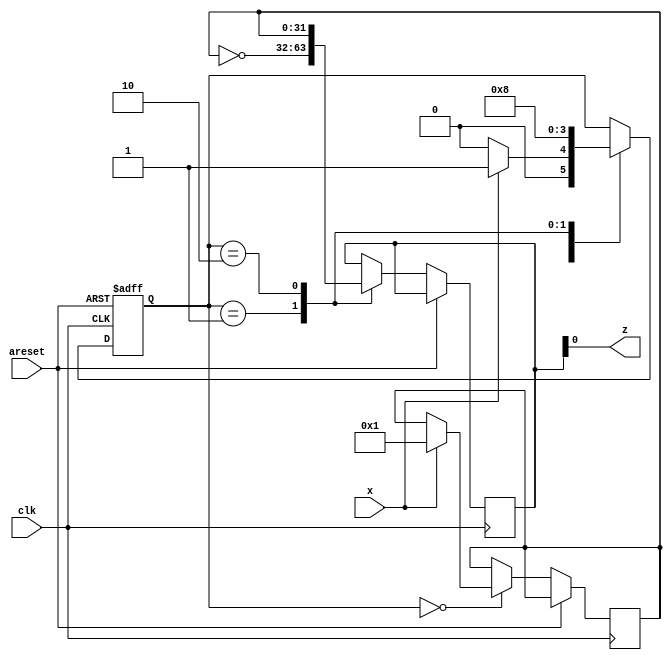
module top_module (
    input clk,
    input areset,
    input x,
    output z
); 

    reg [1:0] state;
    reg [31:0] din;
    reg [31:0] dout;

    always @(posedge clk or posedge areset) begin
        if (areset) begin
            state <= 0;
        end else begin
            case (state)
                0: begin
                    if (x == 1'b1) begin
                        state <= 1;
                        din <= x;
                    end else begin
                        state <= 0;
                    end
                end
                1: begin
                    dout <= ~din;
                    state <= 2;
                end
                2: begin
                    dout <= din;
                    state <= 0;
                end
            endcase
        end
    end

    assign z = dout;

endmodule